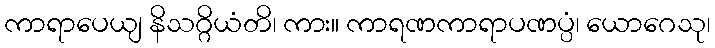
ကာရာပေယျ နိသဂ္ဂိယံတိ၊ ကား။ ကာရဏကာရာပဏပ္ပံ၊ ယောဂေသု၊